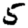
Digit: 5